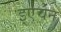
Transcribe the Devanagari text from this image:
इएचेन